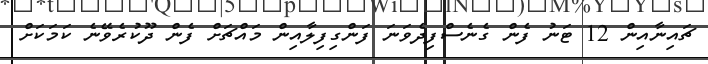
ޗައިނާއިން 12 ޓަނު ފެން ގެނެސްފިދެވަނަ ފަންގިފިލާއިން މައްޗަށް ފެން ދޫކުރެވޭނެ ކަމަކަށް